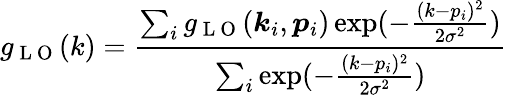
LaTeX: g_{\mathrm{~L~O~}}(k)=\frac{\sum_{i}g_{\mathrm{~L~O~}}(\boldsymbol{k}_{i},\boldsymbol{p}_{i})\exp(-\frac{(k-p_{i})^{2}}{2\sigma^{2}}{})}{\sum_{i}\exp(-\frac{(k-p_{i})^{2}}{2\sigma^{2}}{})}